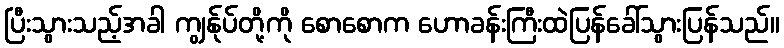
ပြီးသွားသည့်အခါ ကျွန်ုပ်တို့ကို စောစောက ဟောခန်းကြီးထဲပြန်ခေါ်သွားပြန်သည်။